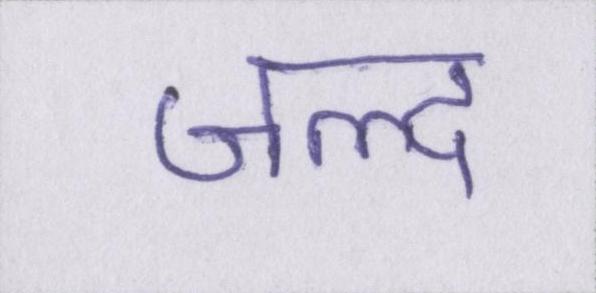
जल्द